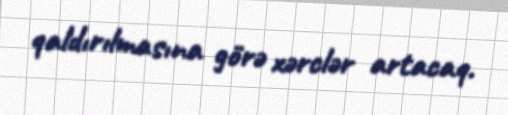
qaldırılmasına görə xərclər artacaq.